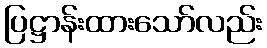
ပြဋ္ဌာန်းထားသော်လည်း